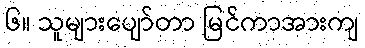
၆။ သူများပျော်တာ မြင်ကာအားကျ